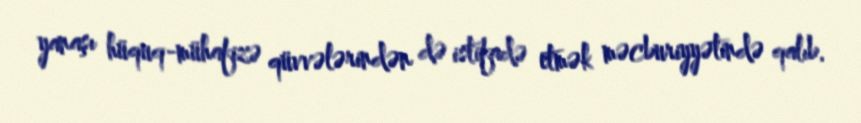
yanaşı hüquq-mühafizə qüvvələrindən də istifadə etmək məcburiyyətində qalıb.